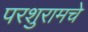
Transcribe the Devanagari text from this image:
परशुरामचे